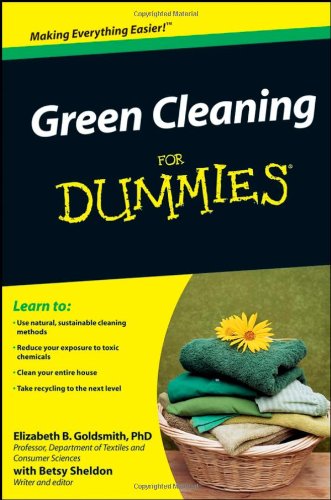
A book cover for Green Cleaning For Dummies; Elizabeth B. Goldsmith; Crafts, Hobbies & Home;